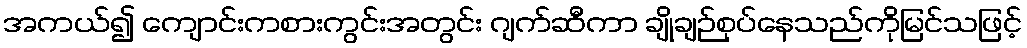
အကယ်၍ ကျောင်းကစားကွင်းအတွင်း ဂျက်ဆီကာ ချိုချဉ်စုပ်နေသည်ကိုမြင်သဖြင့်